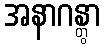
အနာဂန္တွာ